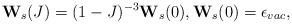
LaTeX: \begin{align*}{\bf W}_s(J)=(1-J)^{-3}{\bf W}_s(0), {\bf W}_s(0)=\epsilon_{vac},\end{align*}